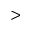
>